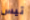
تيس